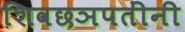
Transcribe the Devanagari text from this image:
शिवछञपतींनी